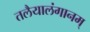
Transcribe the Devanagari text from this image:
तलैयालंगानम्